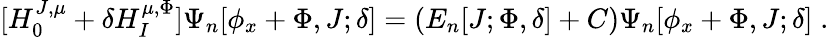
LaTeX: [H_{0}^{J,\mu}+\delta H_{I}^{\mu,\Phi}]\Psi_{n}[\phi_{x}+\Phi,J;\delta]=(E_{n}[J;\Phi,\delta]+C)\Psi_{n}[\phi_{x}+\Phi,J;\delta]\; .